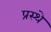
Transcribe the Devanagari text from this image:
प्रस्थे